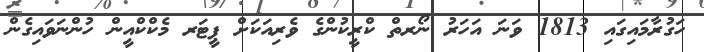
ހަގުރާމައިގައި 1813 ވަނަ އަހަރު ނޯރތް ކްރީކުންގެ ވެރިއަކަށް ޕީޓަރ މެކްކްއީން ހުންނަވައިގެން